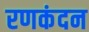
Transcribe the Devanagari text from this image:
रणकंदन